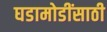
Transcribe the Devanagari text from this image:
घडामोडींसाठी